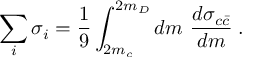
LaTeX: \sum _ { i } \sigma _ { i } = \frac { 1 } { 9 } \int _ { 2 m _ { c } } ^ { 2 m _ { D } } d m ~ \frac { d \sigma _ { c \bar { c } } } { d m } \; .